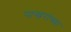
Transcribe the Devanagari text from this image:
पाखरांच्या